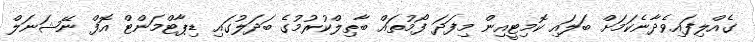
ގެއްލިފައިވެދާނެކަމަށް ބަލައި ކޮމިޓީއިން މިފަދަ ފޯމުތައް ބާޠިލްކުރުމުގެ ބަދަލުގައި ޑިޕާޓްމަންޓް އޮފް ނޭޝަނަލް